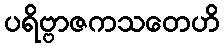
ပရိဗ္ဗာဇကသတေဟိ